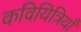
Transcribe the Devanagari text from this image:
कवियित्रियाँ